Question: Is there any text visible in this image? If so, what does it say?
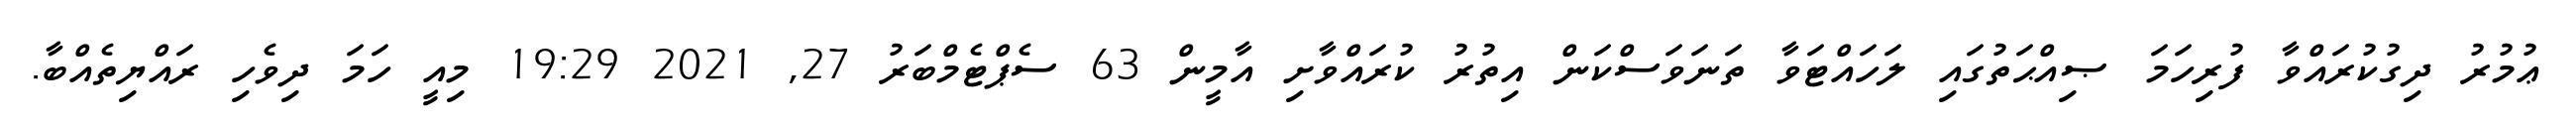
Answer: ޢުމުރު ދިގުކުރައްވާ ފުރިހަމަ ޞިއްޙަތުގައި ލަހައްޓަވާ ތަނަވަސްކަން އިތުރު ކުރައްވާށި އާމީން 63 ސެޕްޓެމްބަރު 27, 2021 19:29 މިއީ ހަމަ ދިވެހި ރައްޔިތެއްބާ.